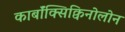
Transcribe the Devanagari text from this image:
कार्बॉक्सिक्विनोलोन